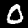
Label: 0